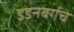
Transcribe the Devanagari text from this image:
इडनबर्गचे